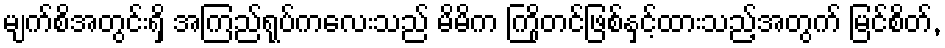
မျက်စိအတွင်းရှိ အကြည်ရုပ်ကလေးသည် မိမိက ကြိုတင်ဖြစ်နှင့်ထားသည့်အတွက် မြင်စိတ်,